Civil Veterinary Department. United Provinces 1912-22 - 1912-1922
Year: 1912
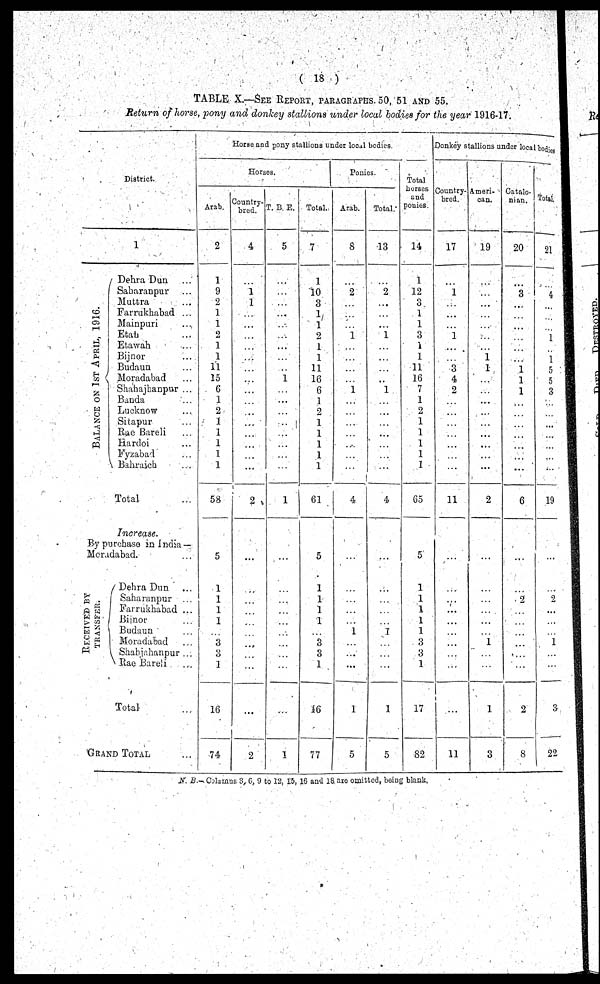
( 18 )
TABLE X.—SEE REPORT, PARAGRAPHS. 50, 51 AND 55.
Return of horse, pony and donkey stallions under local bodies for the year 1916-17.
District.
BALANCE ON 1ST APRIL, 1916.
1
Dehra Dun ...
Saharanpur ...
Muttra ...
Farrukhabad ...
Mainpuri ...
Etah ...
Etawah ...
Bijnor ...
Budaun ...
Moradabad ...
Shahajhanpur ...
Banda ...
Lucknow ...
Sitapur ...
Rae Bareli ...
Hardoi ...
Fyzabad ...
Bahraich ...
Total ...
Increase.
By purchase in India—
Meradabad ...
RECEIVED BY
TRANSFER.
Dehra Dun ...
Saharanpur ...
Farrukhabad ...
Bijnor ...
Budaun ...
Moradabad ...
Shahjahanpur ...
Rae Bareli ...
Total ...
GRAND TOTAL ...
Horse and pony stallions under local bodies.
Horses.
Arab,
2
1
9
2
1
1
2
1
1
11
15
6
1
2
1
1
1
I
1
58
5
1
1
1
1
...
3
3
1
16
74
Country¬
bred.
4
...
1
1
...
...
...
...
...
...
...
...
...
...
...
...
...
...
...
2
...
...
...
...
...
...
...
...
...
...
2
T. B. E.
5
...
...
...
...
...
...
...
...
...
...
...
...
...
...
...
...
...
...
1
...
...
...
...
...
...
...
...
...
...
1
Total..
7
1
10
3
1
1
9
1
1
11
16
6
1
9
1
1
1
1
1
61
5
1
1
1
1
...
3
3
1
46
77
Ponies.
Arab.
8
...
2
...
...
...
1
...
...
...
...
1
...
...
...
...
...
...
...
4
...
...
...
...
...
1
...
...
...
1
5
Total.
13
...
2
...
...
...
1
...
...
...
...
1
...
...
...
...
...
...
...
4
...
...
...
...
...
I
...
...
...
1
5
Total
horses
and
ponies
14
1
12
3
1
1
3
1
1
11
16
7
1
2
1
1
1
1
1
65
5
1
1
1
1
1
3
3
1
17
82
Donkey stallions under local bodies
Country-
bred.
17
...
1
...
...
...
1
...
...
3
4
2
...
...
...
...
...
...
...
11
...
...
...
...
...
...
...
...
...
...
11
Ameri-
can.
19
...
...
...
...
...
...
...
1
1
...
...
...
...
...
...
...
...
...
2
...
...
...
...
...
...
1
...
...
1
3
Catalo-
nian.
20
...
3
...
...
...
...
...
...
1
1
1
...
...
...
...
...
...
...
6
...
...
2
...
...
...
...
...
....
2
8
Total.
21
...
4
...
...
...
1
...
1
5
5
3
...
...
...
...
...
...
...
19
...
...
2
...
...
...
1
...
...
3
22
N. .B.Colamns 3, 6, 9 to 12, 15, 16 and 18 are omitted, being blank,